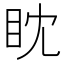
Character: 眈